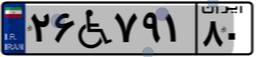
۲۶W۷۹۱۸۰